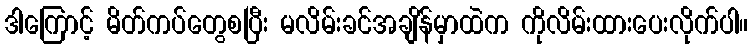
ဒါကြောင့် မိတ်ကပ်တွေစပြီး မလိမ်းခင်အချိန်မှာထဲက ကိုလိမ်းထားပေးလိုက်ပါ။